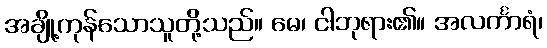
အချို့ကုန်သောသူတို့သည်။ မေ၊ ငါဘုရား၏။ အလင်္ကာရံ၊